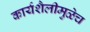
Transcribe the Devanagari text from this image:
कार्यशैलीमुळेच